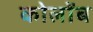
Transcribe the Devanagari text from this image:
कोलोंब